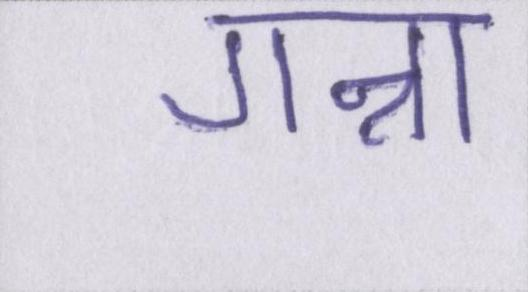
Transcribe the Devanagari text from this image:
गन्ना